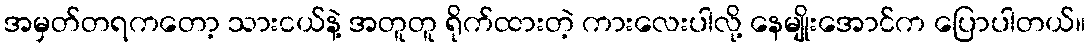
အမှတ်တရကတော့ သားငယ်နဲ့ အတူတူ ရိုက်ထားတဲ့ ကားလေးပါလို့ နေမျိုးအောင်က ပြောပါတယ်။